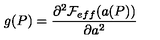
g ( P ) = \frac { \partial ^ { 2 } { \cal F } _ { e f f } ( a ( P ) ) } { \partial a ^ { 2 } }